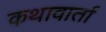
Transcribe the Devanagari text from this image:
कथावार्ता